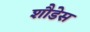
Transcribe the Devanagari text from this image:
शौडेस